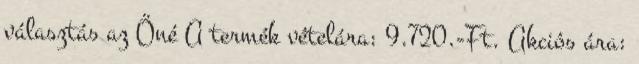
választás az Öné A termék vételára: 9.720.-Ft. Akciós ára: